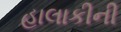
હાલાકીની